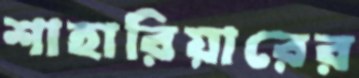
শাহারিয়ারের